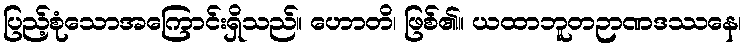
ပြည့်စုံသောအကြောင်းရှိသည်။ ဟောတိ၊ ဖြစ်၏။ ယထာဘူတဉာဏဒဿနေ၊